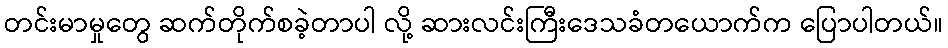
တင်းမာမှုတွေ ဆက်တိုက်စခဲ့တာပါ လို့ ဆားလင်းကြီးဒေသခံတယောက်က ပြောပါတယ်။